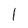
Character: l